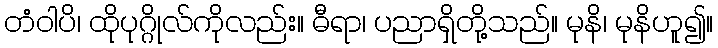
တံဝါပိ၊ ထိုပုဂ္ဂိုလ်ကိုလည်း။ ဓီရာ၊ ပညာရှိတို့သည်။ မုနိ၊ မုနိဟူ၍။